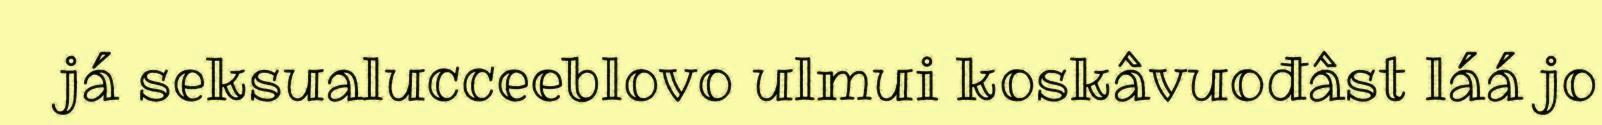
já seksualucceeblovo ulmui koskâvuođâst láá jo